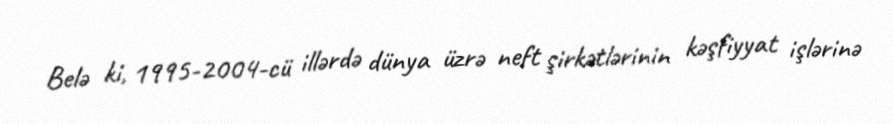
Belə ki, 1995-2004-cü illərdə dünya üzrə neft şirkətlərinin kəşfiyyat işlərinə